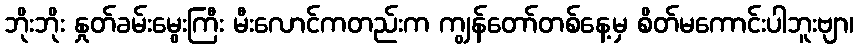
ဘိုးဘိုး နှုတ်ခမ်းမွေးကြီး မီးလောင်ကတည်းက ကျွန်တော်တစ်နေ့မှ စိတ်မကောင်းပါဘူးဗျာ၊